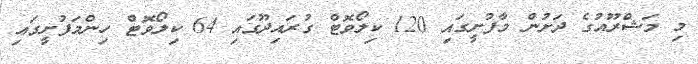
މި މަޝްރޫއުގެ ދަށުން މާފުށީގައި 120 ކިލޯވޮޓް ގުރައިދޫގައި 64 ކިލޯވޮޓް ހިންމަފުށީގައި